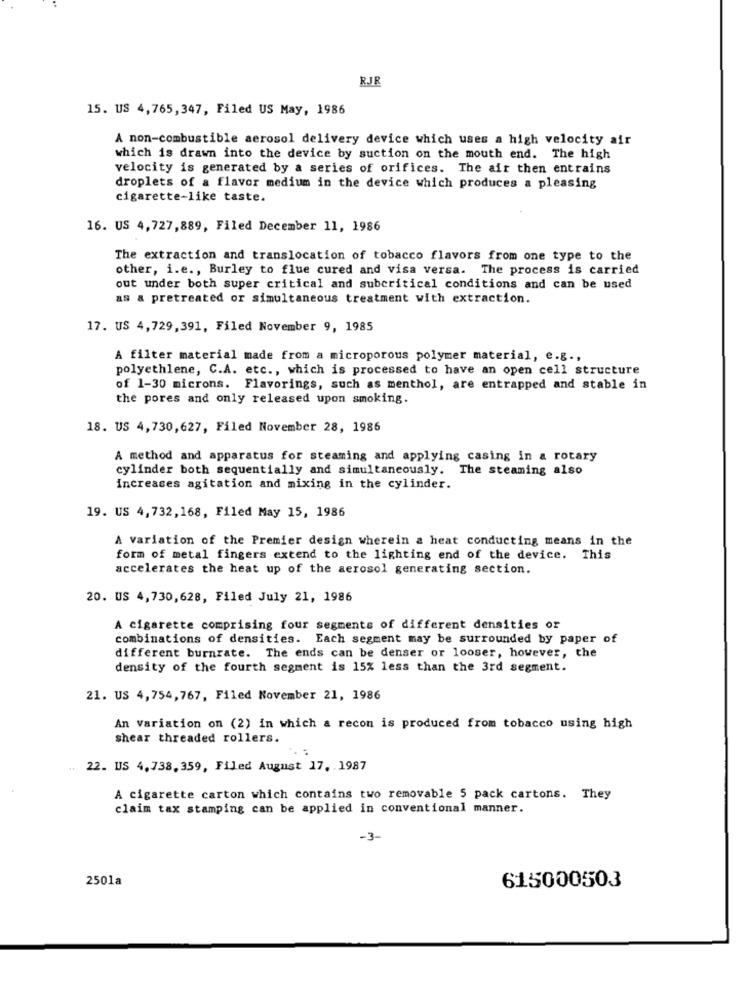
RJR
15. US 4,765,347, Filed US May, 1986
A non-combustible aerosol delivery device which uses a high velocity air
which is drawn into the device by suction on the mouth end. The high
velocity is generated by a series of orifices. The air then entrains
droplets of a flavor medium in the device which produces a pleasing
cigarette-like taste.
16. US 4,727,889, Filed December 11, 1986
The extraction and translocation of tobacco flavors from one type to the
other, i.e ., Burley to flue cured and visa versa. The process is carried
out under both super critical and subcritical conditions and can be used
as & pretreated or simultaneous treatment with extraction.
17. US 4,729,391, Filed November 9, 1985
A filter material made from a microporous polymer material, e.g .,
polyethlene, C.A. etc ., which is processed to have an open cell structure
of 1-30 microns. Flavorings, such as menthol, are entrapped and stable in
the pores and only released upon smoking.
18. US 4,730,627, Filed November 28, 1986
A method and apparatus for steaming and applying casing in a rotary
cylinder both sequentially and simultaneously. The steaming also
increases agitation and mixing in the cylinder.
19. US 4,732,168, Filed May 15, 1986
A variation of the Premier design wherein a heat conducting means in the
form of metal fingers extend to the lighting end of the device. This
accelerates the heat up of the aerosol generating section.
20. US 4,730,628, Filed July 21, 1986
A cigarette comprising four segments of different densities or
combinations of densities. Each segment may be surrounded by paper of
different burnrate. The ends can be denser or looser, however, the
density of the fourth segment is 15% less than the 3rd segment.
21. US 4,754,767, Filed November 21, 1986
An Variation on (2) in which a recon is produced from tobacco using high
shear threaded rollers.
. .
22. US 4,738,359, Filed August 17. 1987
A cigarette carton which contains two removable 5 pack cartons. They
claim tax stamping can be applied in conventional manner.
-3-
2501a
615000503